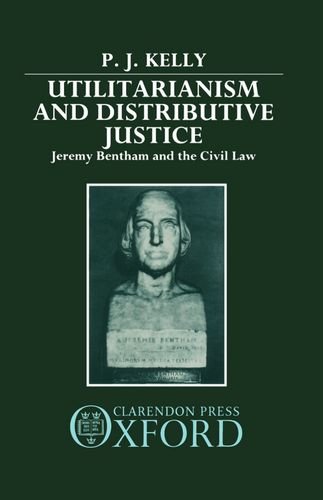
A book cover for Utilitarianism and Distributive Justice: Jeremy Bentham and the Civil Law; P. J. Kelly; Science & Math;